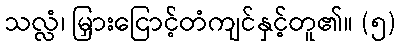
သလ္လံ၊ မြှားငြောင့်တံကျင်နှင့်တူ၏။ (၅)